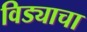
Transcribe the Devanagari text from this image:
विड्याचा